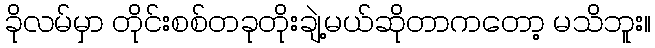
ခိုလမ်မှာ တိုင်းစစ်တခုတိုးချဲ့မယ်ဆိုတာကတော့ မသိဘူး။